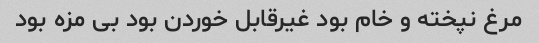
مرغ نپخته و خام بود غیرقابل خوردن بود بی مزه بود